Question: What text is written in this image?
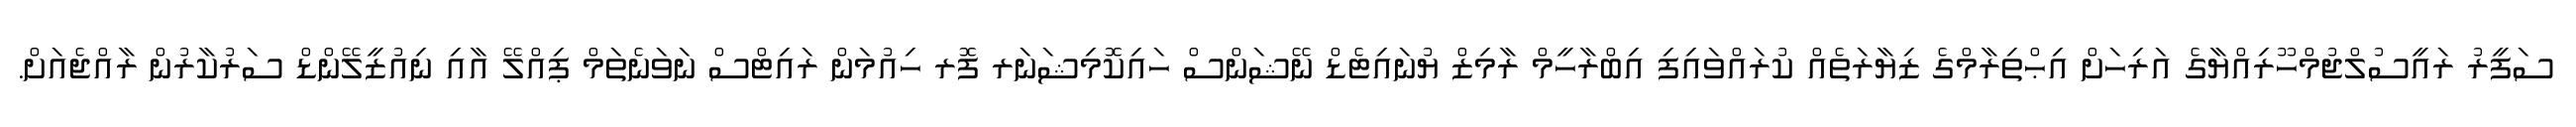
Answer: ސަފީރު ރައީސުލްޖުމްހޫރިއްޔާގެ އަރިހަށް އިޙްތިރާމްގެ ޒިޔާރަތެއް ކުރައްވައިފި އިބްރާހީމް ރާމިޒް ޔުނައިޓެޑް ނޭޝަންސް ހައިކޮމިޝަނަރ ފޮރ ހިއުމަން ރައިޓްސް ނަވަނެތަމް ޕިއްލޭ އާއި ނިއުޒީލޭންޑް ސަރުކާރުން ރާއްޖެއަށް.